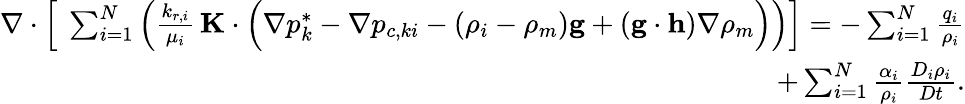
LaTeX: \begin{array}{r}{\nabla\cdot\left[\ \sum_{i=1}^{N}\left(\frac{k_{r,i}}{\mu_{i}}\, \mathbf{K}\cdot\Big(\nabla p_{k}^{*}-\nabla p_{c,ki}-\left(\rho_{i}-\rho_{m}\right)\mathbf{g}+(\mathbf{g}\cdot\mathbf{h})\nabla\rho_{m}\Big)\right)\right]=-\sum_{i=1}^{N}\frac{q_{i}}{\rho_{i}}}\\ {+\sum_{i=1}^{N}\frac{\alpha_{i}}{\rho_{i}}\frac{D_{i}\rho_{i}}{Dt}.}\end{array}